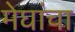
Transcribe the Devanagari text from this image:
मेघांचा